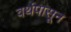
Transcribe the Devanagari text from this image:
वर्थपासून